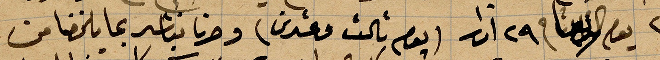
يوم الثلاثا في ٢٩ اذار (يوم ثالث وعشرين) وصرنا نباشر بما يلخصنا من